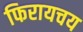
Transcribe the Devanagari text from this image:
फिरायचय